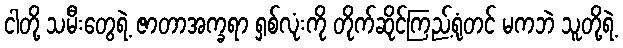
ငါတို့ သမီးတွေရဲ့ ဇာတာအက္ခရာ ရှစ်လုံးကို တိုက်ဆိုင်ကြည့်ရုံတင် မကဘဲ သူတို့ရဲ့